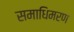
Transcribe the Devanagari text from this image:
समाधिमरण